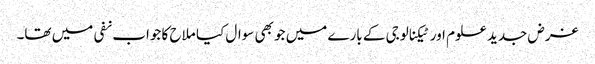
غرض جدید علوم اور ٹیکنالوجی کے بارے میں جو بھی سوال کیا ملاح کا جواب نفی میں تھا۔